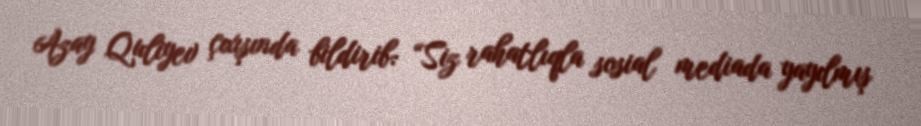
Azay Quliyev çıxışında bildirib: “Siz rahatlıqla sosial mediada yayılmış